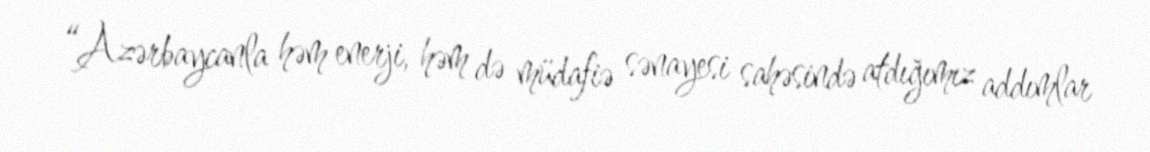
“Azərbaycanla həm enerji, həm də müdafiə sənayesi sahəsində atdığımız addımlar